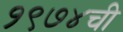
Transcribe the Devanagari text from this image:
१९७४ची